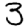
Digit: 3